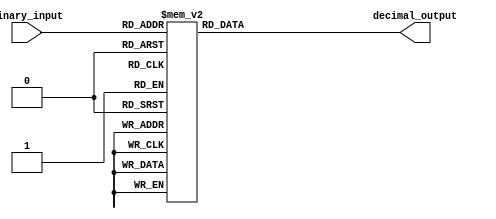
module decimal_decoder(
    input [2:0] binary_input,
    output reg [7:0] decimal_output
);

always @(*)
begin
    case(binary_input)
        3'b000: decimal_output = 8'b00000001;
        3'b001: decimal_output = 8'b00000010;
        3'b010: decimal_output = 8'b00000100;
        3'b011: decimal_output = 8'b00001000;
        3'b100: decimal_output = 8'b00010000;
        3'b101: decimal_output = 8'b00100000;
        3'b110: decimal_output = 8'b01000000;
        3'b111: decimal_output = 8'b10000000;
        default: decimal_output = 8'b00000000;
    endcase
end

endmodule